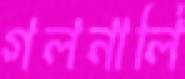
গলনালি